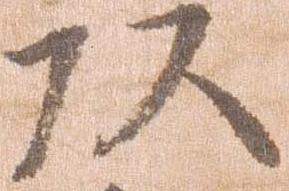
頭